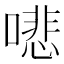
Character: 𠾦